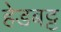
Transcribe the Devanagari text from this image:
हेडबट्ट